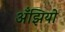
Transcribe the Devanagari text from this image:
अँझियो